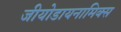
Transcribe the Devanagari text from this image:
जीयोडायनामिक्‍स